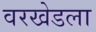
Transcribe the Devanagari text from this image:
वरखेडला